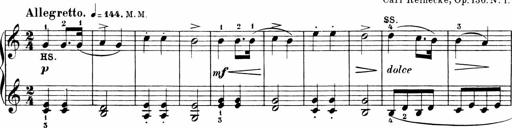
Title: 6 Sonatinas
Composer: Carl Reinecke